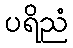
ပရိညံ